King Institute of Preventive Medicine Micro-Biological Section reports 1909-11
Year: 1909
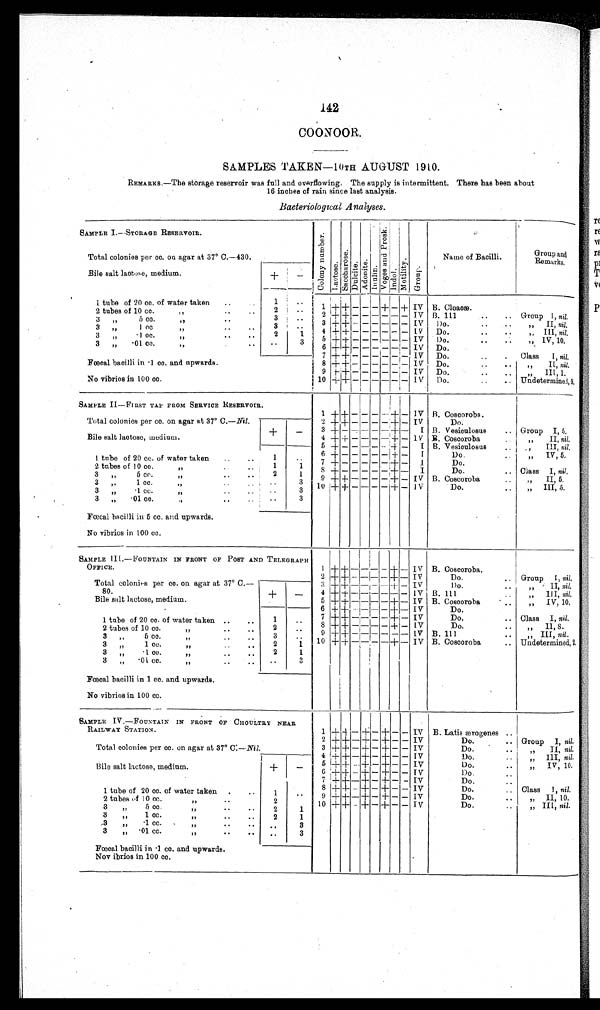
142
COONOOR.
SAMPLES TAKEN—10TH AUGUST 1910.
REMARKS,—The storage reservoir was full and overflowing. The supply is intermittent. There has been about
16 inches of rain since last analysis.
Bacteriological Analyses.
SAMPLE I.— STORAGE RESERVOIR.
C o l o n y N u m b e r .
Lact ose.Sa c c ha r os e .Dulcite.Adoni t e.Inulin. V o g e s a n d P r o s k . Indol.Mot i l i t y.Group.
Name of Bacilli.
Group and
Remarks.
Total colonies per cc. on agar at 37° C.
—430.
Bile salt lactose, medium.
+
−
1 tube of 20 cc. of water taken
1
1 + + − − − + − + IV B. Cloaoæ.
2 tubes of 10 cc.
2
2 + + − − − − − − IV B. 111
Group 1, nil.
3,,5 cc.
,,
3
3 +
+
− − − − − − IV
Do.
„ II, nil.
3 „ 1 cc
. „
3
4 + + − − − − − − IV
Do.
„ III, nil.
3 „·1 cc.
„
2
1
5
+
+ − − − − − − IV
Do.
„ IV, 10.
3 „ ·0l cc
„
3
6 +
+
− − − − − − IV
Do.
7
+ +
− − − − − − IV
Do.
Class I, nil.
Fœcal bacilli in. 1 cc. and upwards.
8
+
+ − − − − − − IV
Do.
„ II, nil.
9
+ +
− − − − − − IV
Do.
„ III, 1.
No vibrios in 100 cc.
10
+ +
− − − − −
− IV
Do.
Undetermined, 9.
SAMPLE II—FIRST TAP FROM SERVICE RESERVOIR.
1 + +
− − − −
+
−
IV B. Coscoroba.
Total colonies per cc. on agar at 37° C.
—
Nil.
2 + + − − − −
+ − IV
Do.
Bile salt lactose, medium.
+
−
3 + − − − − − + −
I B. Vesiculosus
Group I, 5.
4 + + − − − −
+ − IV B. Coscoroba
„ II, nil.
5 + − − − − −
+
−
I B. Vesieulosus
„ III, nil.
1 tube of 20 take
cc. of water
1
6 + − − − − − +
−
I
Do.
„ V, 5.
2 tubes of 10 co. „
1
1
7 + − − − − − +
−
I
Do.
3 „ 5 cc..„
2
1
8 + − − − − − +
−
I
Do.
Class I, nil.
3 1 cc. „
3
9 + + − − − −
+
− IV B. Coscoroba
„ II, 5.
3 „·1 cc. „
3
10
+ + − − − −
+
− IV
Do.
„ III,5.
3 „ ·01 cc. „
3
Fœcal bacilli in 5 cc. and upwards.
No vibrios in 100 cc.
SAMPLE III.—FOUNTAIN IN FRONT OF POST AND TELEGRAPH
OFFICE.
1
+ +
− − − −
+
− IV B. Coscoroba.
2
+ +
− − − −
+
− IV
Do.
Group 1,, nil.
Total colonies per cc. on agar at 37° C.
—
80.
3
+ +
− − − −
+
− IV
Do
„ II, nil.
4
+ +
− − − − − −
IV B. 111
„ III, nil.
Bile salt lactose, medium.
+
−
5
+ +
− − − −
+
− IV B. Coscoroba
„ IV, 10.
6
+ +
− − − −
+
−
IV
Do.
7
+ +
− − − −
+
−
I V
Do.
Class I, nil.
1 tube of 20 cc. of water taken
1
8
+ +
− − − −
+
−
I V
Do.
„ 11, 8.
2 tubes of 10 co.
„
2
9
+ +
− − − − − −
IV B. 111
„ III, nil.
3 „ 5
cc „
3
10
+ +
− − − −
+
−
IV B. Coscoroba
Undetermined, 2
.
3 „1 cc.
„
2
1
3 „·1 cc.
„
2
1
3 „·01 cc.
„
3
Fœcal bacilli in 1 cc. and upwards.
No vibrios in 100 cc.
SAMPLE IV.—FOUNTAIN IN FRONT OF CHOULTRY NEAR
RAILWAY STATION.
1 +
+
−
+
−
+
− − IV B. Latin ærogenes
2 + + − + − + − − IV
Do.
Group I, nil.
Total colonies per cc. on agar at 37° C:− Nil.
3 + +
− +
− + − − IV
Do.
„ II, nil.
Bile salt lactose, medium.
+
−
4
+
+ − + − + − − IV
Do.
„ III, nil.
5
+ +
−
+
− + − − IV
Do.
„ IV, 10.
6 + +
−
+
−
+
−
− IV
Do.
7 +
+ −
+
− + − − IV
Do.
8
+ +
−
+
−
+
− − IV
Do.
Class I, nil.
1 tube of 20 cc. of water taken
1
−
9
+ +
−
+
−
+
− − IV
Do.
„ II 10
2 tubes of 10 cc.
„
2
10 +
+
− + − + − −
IV
Do.
„ III,
nil.
3 „ 5 cc. „
2
1
3 „ 1 cc.
„
2
1
3 „·1 cc.
„
3
3 „·01 cc.
„
3
Fœcal bacilli in ·1 cc. and upwards.
Nov ibrios in 100 cc.